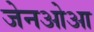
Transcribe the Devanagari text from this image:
जेनओआ